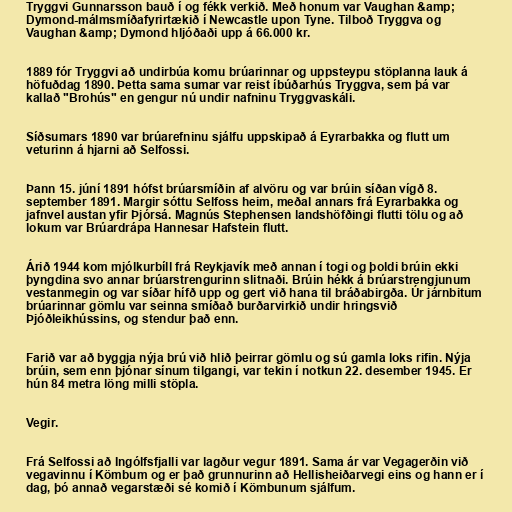
Tryggvi Gunnarsson bauð í og fékk verkið. Með honum var Vaughan &amp;
Dymond-málmsmíðafyrirtækið í Newcastle upon Tyne. Tilboð Tryggva og
Vaughan &amp; Dymond hljóðaði upp á 66.000 kr.

1889 fór Tryggvi að undirbúa komu brúarinnar og uppsteypu stöplanna lauk á
höfuðdag 1890. Þetta sama sumar var reist íbúðarhús Tryggva, sem þá var
kallað "Brohús" en gengur nú undir nafninu Tryggvaskáli.

Síðsumars 1890 var brúarefninu sjálfu uppskipað á Eyrarbakka og flutt um
veturinn á hjarni að Selfossi.

Þann 15. júní 1891 hófst brúarsmíðin af alvöru og var brúin síðan vígð 8.
september 1891. Margir sóttu Selfoss heim, meðal annars frá Eyrarbakka og
jafnvel austan yfir Þjórsá. Magnús Stephensen landshöfðingi flutti tölu og að
lokum var Brúardrápa Hannesar Hafstein flutt.

Árið 1944 kom mjólkurbíll frá Reykjavík með annan í togi og þoldi brúin ekki
þyngdina svo annar brúarstrengurinn slitnaði. Brúin hékk á brúarstrengjunum
vestanmegin og var síðar hífð upp og gert við hana til bráðabirgða. Úr járnbitum
brúarinnar gömlu var seinna smíðað burðarvirkið undir hringsvið
Þjóðleikhússins, og stendur það enn.

Farið var að byggja nýja brú við hlið þeirrar gömlu og sú gamla loks rifin. Nýja
brúin, sem enn þjónar sínum tilgangi, var tekin í notkun 22. desember 1945. Er
hún 84 metra löng milli stöpla.

Vegir.

Frá Selfossi að Ingólfsfjalli var lagður vegur 1891. Sama ár var Vegagerðin við
vegavinnu í Kömbum og er það grunnurinn að Hellisheiðarvegi eins og hann er í
dag, þó annað vegarstæði sé komið í Kömbunum sjálfum.